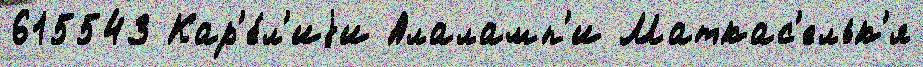
615543 Кар'е́л'иjи Алаламп'и Маткас'ельк'я